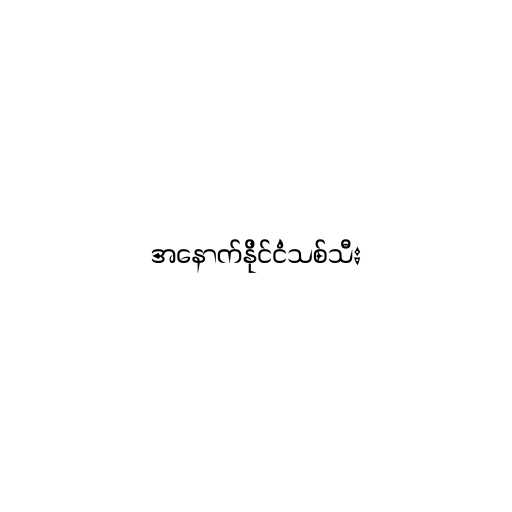
အနောက်နိုင်ငံသစ်သီး